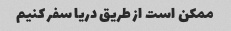
ممکن است از طریق دریا سفر کنیم